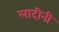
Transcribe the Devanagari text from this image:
लादीनी